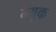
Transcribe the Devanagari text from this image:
म्यूक